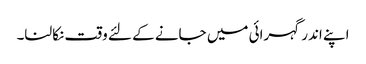
اپنے اندر گہرائی میں جانے کے لئے وقت نکالنا۔